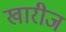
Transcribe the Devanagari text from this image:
खारीज